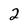
Character: 2